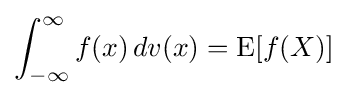
\int _{-\infty }^{\infty }f(x)\,dv(x)=\mathrm {E} [f(X)]